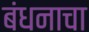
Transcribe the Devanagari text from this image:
बंधनाचा